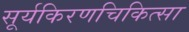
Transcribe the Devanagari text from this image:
सूर्यकिरणचिकित्सा